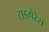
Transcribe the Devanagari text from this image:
टाइगेरेस